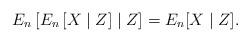
LaTeX: \begin{align*} E_n\left[ E_n\left[ X \mid Z \right] \mid Z \right] = E_n[X \mid Z]. \end{align*}